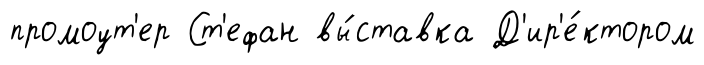
промоут'ер Ст'ефан вы́ставка Д'ир'е́ктором